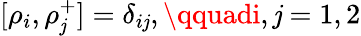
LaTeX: [\rho_{i},\rho_{\mathit{j}}^{+}]=\delta_{i\mathit{j}},\qquadi,\mathit{j}=1,2